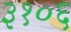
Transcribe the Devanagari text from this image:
३१०६